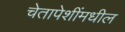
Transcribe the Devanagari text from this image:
चेतापेशींमधील